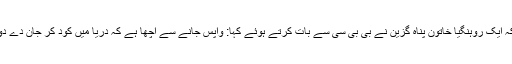
جیسا کہ ایک روہنگیا خاتون پناہ گزین نے بی بی سی سے بات کرتے ہوئے کہا: واپس جانے سے اچھا ہے کہ دریا میں کود کر جان دے دوں گی۔